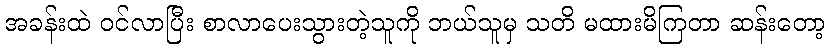
အခန်းထဲ ဝင်လာပြီး စာလာပေးသွားတဲ့သူကို ဘယ်သူမှ သတိ မထားမိကြတာ ဆန်းတော့